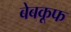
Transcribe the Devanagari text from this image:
बेबकूफ